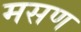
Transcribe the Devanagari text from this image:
मसण